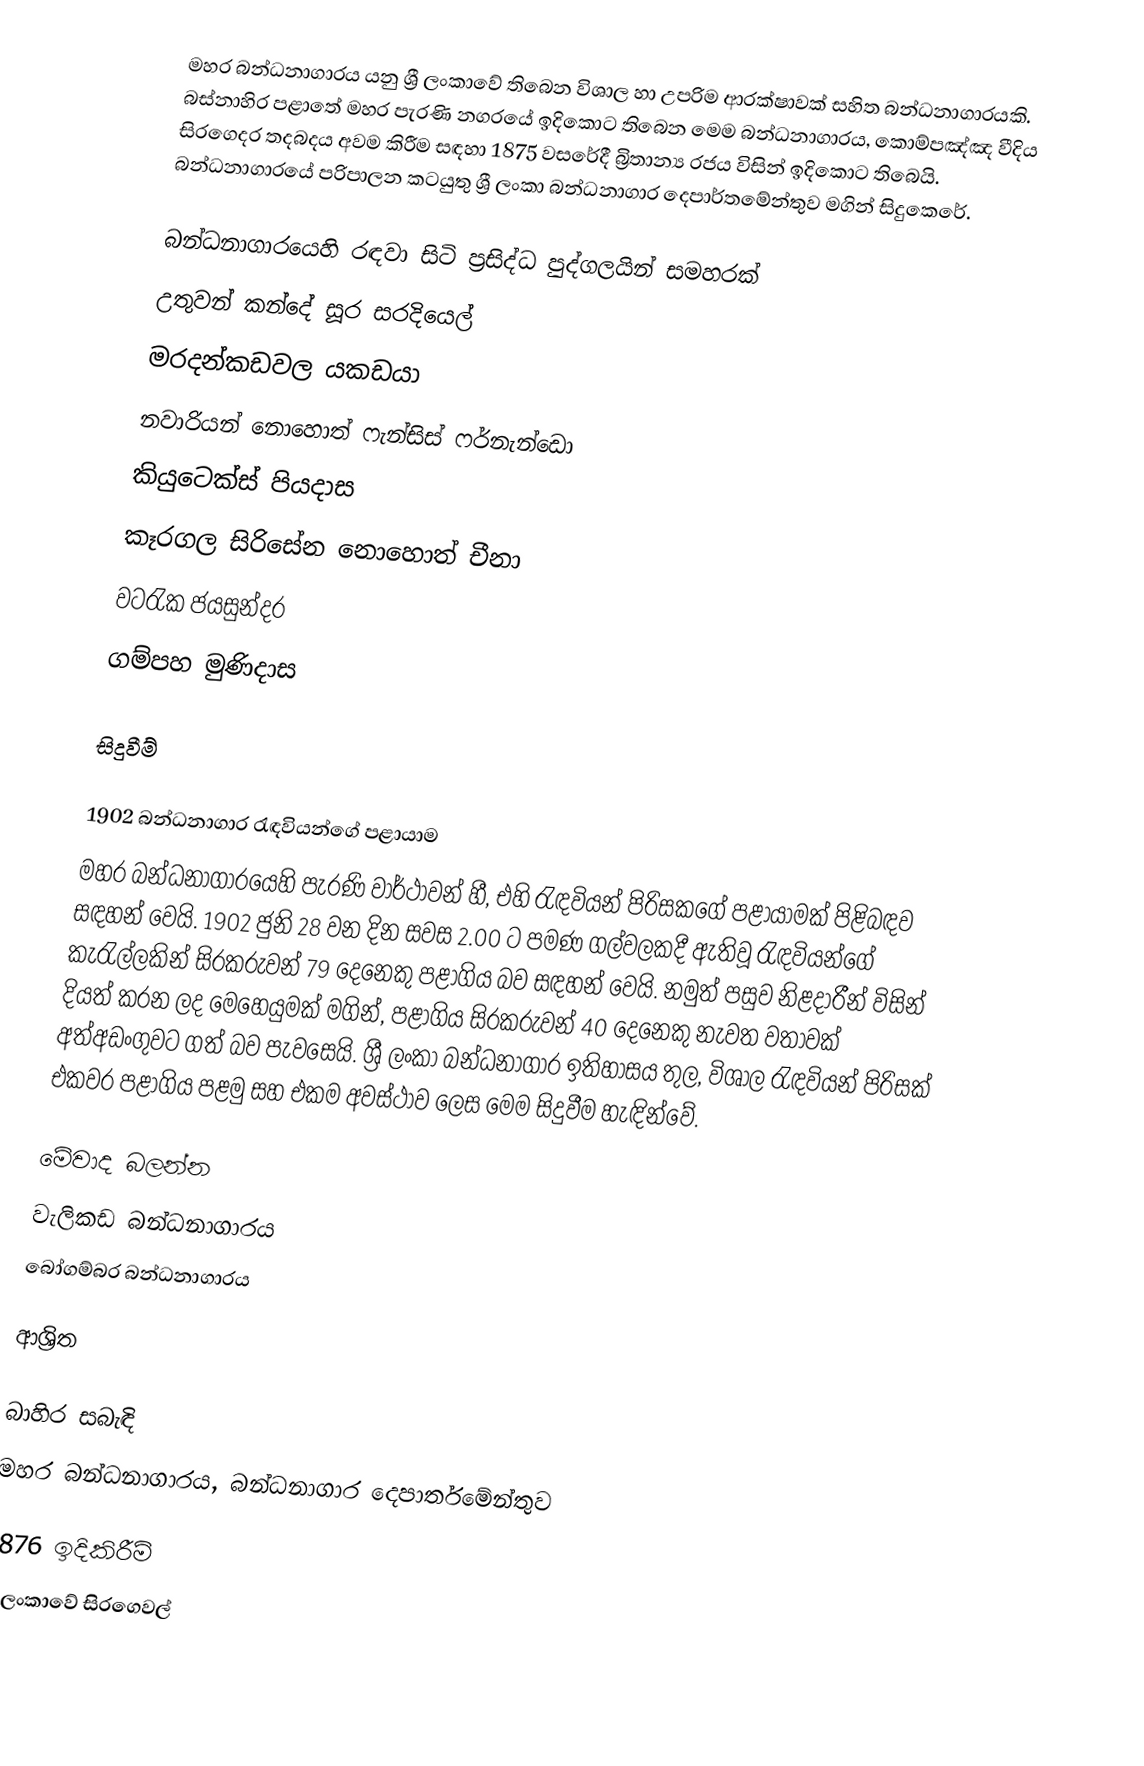
මහර බන්ධනාගාරය යනු ශ්‍රී ලංකාවේ තිබෙන විශාල හා උපරිම ආරක්ෂාවක් සහිත බන්ධනාගාරයකි. බස්නාහිර පළාතේ මහර පැරණි නගරයේ ඉදිකොට තිබෙන මෙම බන්ධනාගාරය, කොම්පඤ්ඤ වීදිය සිරගෙදර තදබදය අවම කිරීම සඳහා 1875 වසරේදී බ්‍රිතාන්‍ය රජය විසින් ඉදිකොට තිබෙයි. බන්ධනාගාරයේ පරිපාලන කටයුතු ශ්‍රී ලංකා බන්ධනාගාර දෙපාර්තමේන්තුව මගින් සිදුකෙරේ.

බන්ධනාගාරයෙහි රඳවා සිටි ප්‍රසිද්ධ පුද්ගලයින් සමහරක්
 උතුවන් කන්දේ සූර සරදියෙල්
 මරදන්කඩවල යකඩයා
 නවාරියන් නොහොත් ෆැන්සිස් ෆර්නැන්ඩො
 කියුටෙක්ස් පියදාස
 කෑරගල සිරිසේන නොහොත් චීනා
 වටරැක ජයසුන්දර
 ගම්පහ මුණිදාස

සිදුවීම්

1902 බන්ධනාගාර රැඳවියන්ගේ පළායාම
මහර බන්ධනාගාරයෙහි පැරණි වාර්ථාවන් හී, එහි රැඳවියන් පිරිසකගේ පළායාමක් පිළිබඳව සඳහන් වෙයි. 1902 ජුනි 28 වන දින සවස  2.00 ට පමණ ගල්වලකදී ඇතිවූ රැඳවියන්ගේ කැරැල්ලකින් සිරකරුවන් 79 දෙනෙකු පළාගිය බව සඳහන් වෙයි. නමුත් පසුව නිළදාරීන් විසින් දියත් කරන ලද මෙහෙයුමක් මගින්, පළාගිය සිරකරුවන් 40 දෙනෙකු නැවත වතාවක් අත්අඩංගුවට ගත් බව පැවසෙයි. ශ්‍රී ලංකා බන්ධනාගාර ඉතිහාසය තුල, විශාල රැඳවියන් පිරිසක් එකවර පළාගිය පළමු සහ එකම අවස්ථාව ලෙස මෙම සිදුවීම හැඳින්වේ.

මේවාද බලන්න
වැලිකඩ බන්ධනාගාරය
බෝගම්බර බන්ධනාගාරය

ආශ්‍රිත

බාහිර සබැඳි
මහර බන්ධනාගාරය, බන්ධනාගාර දෙපාර්තමේන්තුව

1876 ඉදිකිරීම්
ශ්‍රී ලංකාවේ සිරගෙවල්